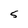
Character: 5